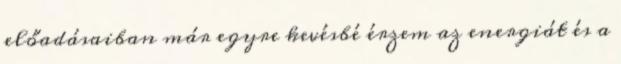
előadásaiban már egyre kevésbé érzem az energiát és a